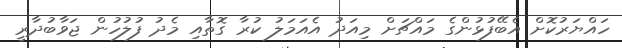
ހައްޔަރުކޮށް އެބޭފުޅުންގެ މައްޗަށް މިއަދު އެއަމަލު ކުރާ ގޮތާއި މެދު ފުލުހުން ޖަވާބުދާރީ